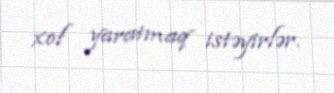
xof yaratmaq istəyirlər.